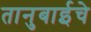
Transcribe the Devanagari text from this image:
तानुबाईचे